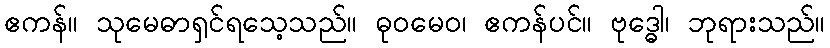
ဧကန်။ သုမေဓာရှင်ရသေ့သည်။ ဓုဝမေဝ၊ ဧကန်ပင်။ ဗုဒ္ဓေါ၊ ဘုရားသည်။